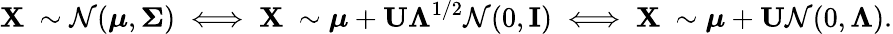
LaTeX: \mathbf{X}\ \sim{\mathcal{N}}({\boldsymbol{\mu}},{\boldsymbol{\Sigma}})\iff\mathbf{X}\ \sim{\boldsymbol{\mu}}+\mathbf{U}{\boldsymbol{\Lambda}}^{1/2}{\mathcal{N}}(0,\mathbf{I})\iff\mathbf{X}\ \sim{\boldsymbol{\mu}}+\mathbf{U}{\mathcal{N}}(0,{\boldsymbol{\Lambda}}).